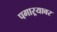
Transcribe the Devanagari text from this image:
पगाऱ्यावर